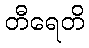
တီရေတိ